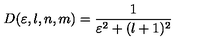
D ( \varepsilon , l , n , m ) = \frac { 1 } { \varepsilon ^ { 2 } + ( l + 1 ) ^ { 2 } } \nonumber